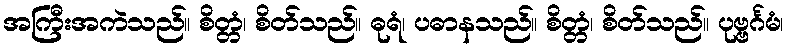
အကြီးအကဲသည်။ စိတ္တံ၊ စိတ်သည်။ ဓုရံ၊ ပဓာနသည်။ စိတ္တံ၊ စိတ်သည်။ ပုဗ္ဗင်္ဂမံ၊